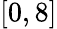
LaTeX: [0,8]